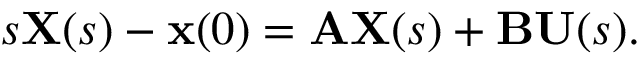
s \mathbf { X } ( s ) - \mathbf { x } ( 0 ) = \mathbf { A } \mathbf { X } ( s ) + \mathbf { B } \mathbf { U } ( s ) .